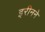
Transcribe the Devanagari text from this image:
इरीनने